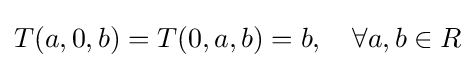
T(a,0,b)=T(0,a,b)=b,\quad \forall a,b\in R